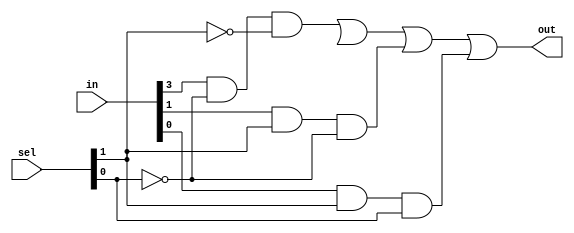
module mux4to1_gate(out, in, sel);
input[0:3] in;
input[0:1] sel;
output out;

wire a,b,c,d,n2,a1,a2,a3,a4;

not n(n1,sel[1]);
not nn(n2,sel[0]);

and (a1,in[0],n1,n2);
and (a2,in[1],n2,sel[1]);
and (a3,in[2],sel[0],n1);
and (a4,in[3],sel[0],sel[1]);


or orl(out, a1, s2, a3, a4);
endmodule

module mux16to1(out, in, sel);

input [0:15] in;
input [0:3] sel;
output out;
wire [0:3] ma;

mux4to1_gate mux1(ma[0],in[0:3],sel[2:3]);
mux4to1_gate mux2(ma[1],in[4:7],sel[2:3]);
mux4to1_gate mux3(ma[2],in[8:11],sel[2:3]);
mux4to1_gate mux4(ma[3],in[12:15],sel[2:3]);
mux4to1_gate mux5(out,ma,sel[0:1]);

endmodule